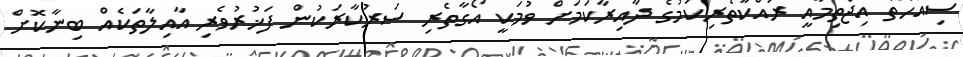
ސިއްހަތާ އިޖްތިމާއީ ރައްކާތެރިކަމުގެ ދާއިރާކަމަށް ވުމަކީ އޯގާތެރި ސަރުކާރަކުން ފަޚުރުވެރި އާއިލާތަކެއް ބިނާކޮށް